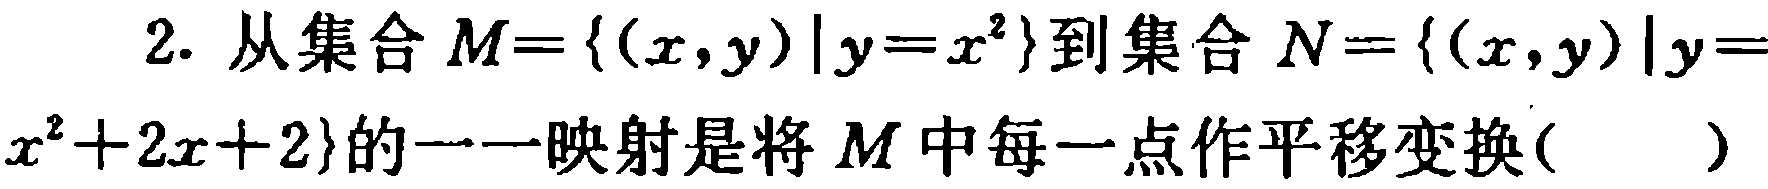
2. 从集合$M = \{(x,y)|y = x^{2}\}$到集合$N=\{(x,y)|y = x^{2}+2x + 2\}$的一一映射是将$M$中每一点作平移变换( )